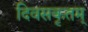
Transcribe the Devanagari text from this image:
दिवसकृतम्‌